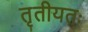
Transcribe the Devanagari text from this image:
तृतीयतः